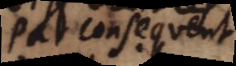
par consequent